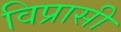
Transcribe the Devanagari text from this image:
विप्रासी